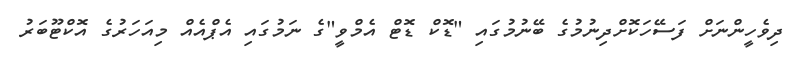
ދިވެހީންނަށް ފަސޭހަކޮށްދިނުމުގެ ބޭނުމުގައި "ޑޮކް ޑޮޓް އެމްވީ"ގެ ނަމުގައި އެޕްއެއް މިއަހަރުގެ އޮކްޓޫބަރު